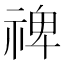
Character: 禆